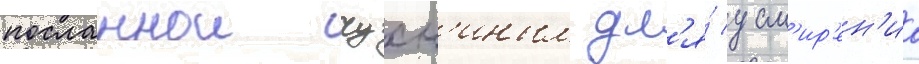
посланнои чухн'иным дл'я́ усм'ир'ен'иа